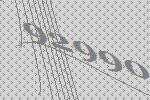
92990